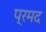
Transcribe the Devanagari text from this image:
प्रमद